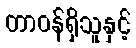
တာဝန်ရှိသူနှင့်